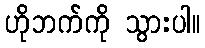
ဟိုဘက်ကို သွားပါ။